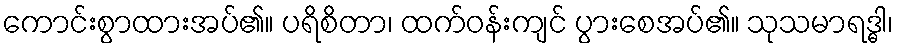
ကောင်းစွာထားအပ်၏။ ပရိစိတာ၊ ထက်ဝန်းကျင် ပွားစေအပ်၏။ သုသမာရဒ္ဓါ၊